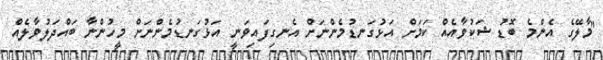
"މާލޭގެ އެންމެ ބޮޑު ޝަކުވާއެއް ކަމަށް އަޅުގަނޑުމެންނަށް އެނގިފައިވަނީ އަޅުގަނޑުމެންނަށް މީހުންނާ ބައްދަލުވާލެއް